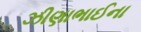
ઝીણાભાઈના